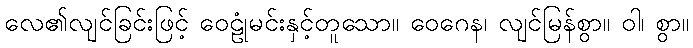
လေ၏လျင်ခြင်းဖြင့် ဝေဠုံမင်းနှင့်တူသော။ ဝေဂေန၊ လျင်မြန်စွာ။ ဝါ၊ စွာ။